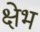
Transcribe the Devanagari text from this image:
क्षेभ